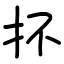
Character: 抔